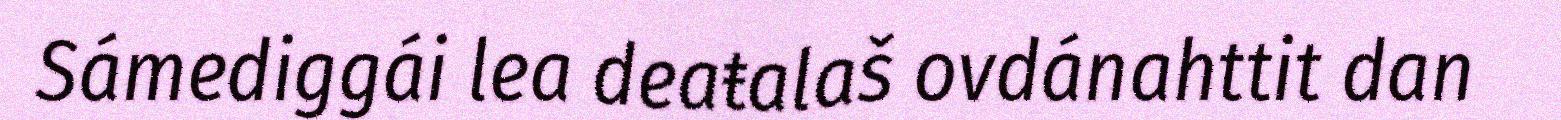
Sámediggái lea deaŧalaš ovdánahttit dan